Leaving Certificate Examination (including Day School Certificate (Higher) General paper), 1927
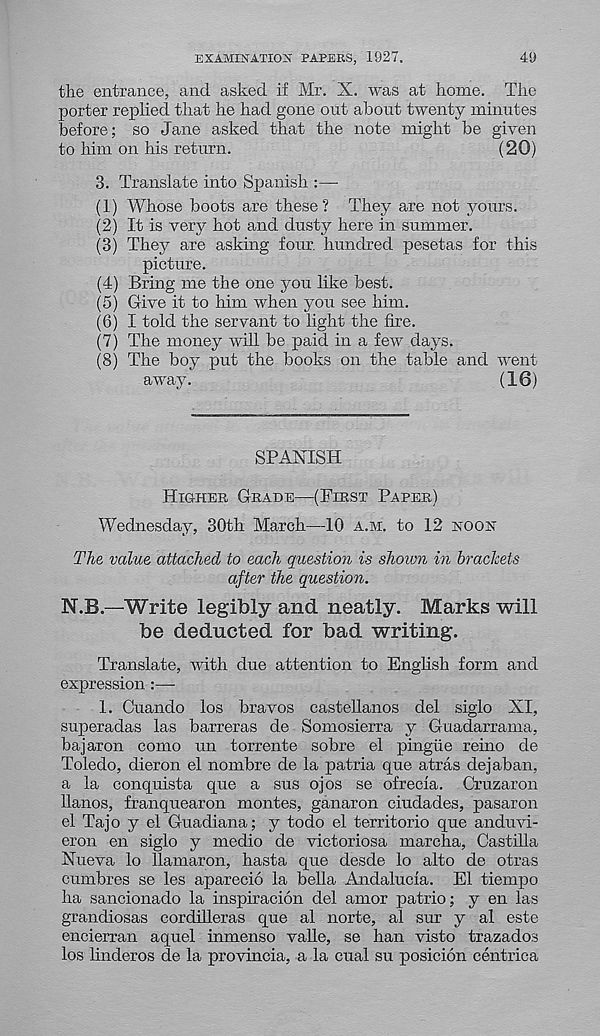
EXAMINATION PAPERS, 1927.
49
the entrance, and asked if Mr. X. was at home. The
porter replied that he had gone out about twenty minutes
before; so Jane asked that the note might be given
to him on his return.
(20)
3. Translate into Spanish :—
(1) Whose boots are these? They are not yours.
(2) It is very hot and dusty here in summer.
(3) They are asking four, hundred pesetas for this
picture.
(4) Bring me the one you like best.
(5) Give it to him when you see him.
(6) I told the servant to light the fire.
(7) The money will be paid in a few days.
(8) The boy put the books on the table and went
away.
(16)
SPANISH
Higher Grade—(First Paper)
Wednesday, 30th March—10 a.m. to 12 hook
The value attached to each question is shown in brackets
after the question.
N.B.—Write legibly and neatly. Marks will
be deducted for bad writing.
Translate, with due attention to English form and
expression :—-
1. Cuando los bravos Castellanos del siglo XI,
superadas las barreras de Somosierra y Guadarrama,
bajaron como un torrente sobre el pingiie reino de
Toledo, dieron el nombre de la patria que atras dejaban,
a la conquista que a sus ojos se ofrecla. Cruzaron
llanos, franquearon montes, ganaron ciudades, pasaron
el Tajo y el Guadiana; y todo el territorio que anduvi-
eron en siglo y medio de victoriosa marcha, Castilla
Nueva lo llamaron, hasta que desde lo alto de otras
cumbres se les aparecio la bella Andalucla. El tiempo
ha sancionado la inspiracion del amor patrio; y en las
grandiosas cordilleras que al norte, al sur y al este
encierran aquel inmenso valle, se han visto trazados
los linderos de la provincia, a la cual su posicion centrica